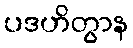
ပဒဟိတွာန